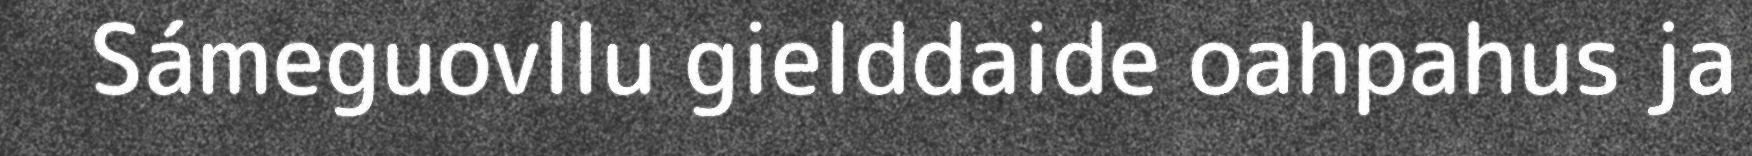
Sámeguovllu gielddaide oahpahus ja